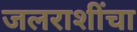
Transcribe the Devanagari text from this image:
जलराशींचा